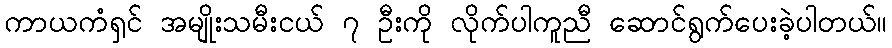
ကာယကံရှင် အမျိုးသမီးငယ် ၇ ဦးကို လိုက်ပါကူညီ ဆောင်ရွက်ပေးခဲ့ပါတယ်။